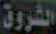
الشروق